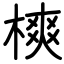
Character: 樉